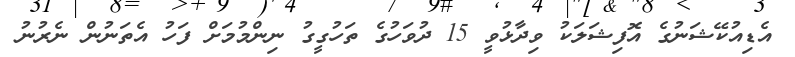
އެޑިއުކޭޝަނުގެ އޮފިޝަލަކު ވިދާޅުވީ 15 ދުވަހުގެ ތަހުގީގު ނިންމުމަށް ފަހު އެތަނުން ނެރުނު